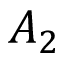
A _ { 2 }